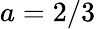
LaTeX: a=2/3